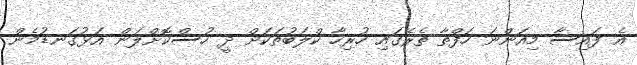
އެ ފައިސާ މިއަންނަ ހަފްތާ ތެރޭގައި ހުރިހާ ކްލަބުތަކަށް ދީ ހުސްކޮށްލަން އަޅުގަނޑުމެން